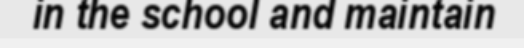
in the school and maintain